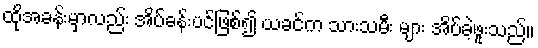
ထိုအခန်းမှာလည်း အိပ်ခန်းပင်ဖြစ်၍ ယခင်က သားသမီး များ အိပ်ခဲ့ဖူးသည်။